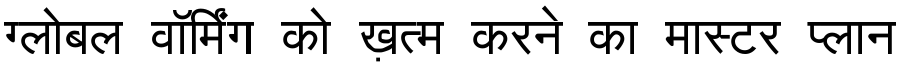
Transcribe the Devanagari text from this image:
ग्लोबल वॉर्मिंग को ख़त्म करने का मास्टर प्लान